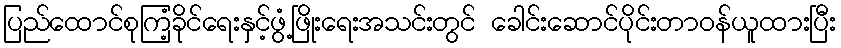
ပြည်ထောင်စုကြံ့ခိုင်ရေးနှင့်ဖွံ့ဖြိုးရေးအသင်းတွင် ခေါင်းဆောင်ပိုင်းတာဝန်ယူထားပြီး